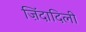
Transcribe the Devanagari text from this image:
ज़िंदादिली